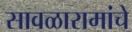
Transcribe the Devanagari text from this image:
सावळारामांचे